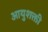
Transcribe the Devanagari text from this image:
आयुशक्ती